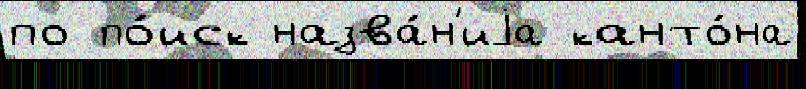
по по́иск назва́н'иjа канто́на